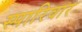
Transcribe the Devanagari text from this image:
स्पारिवार